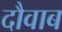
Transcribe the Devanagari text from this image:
दौवाब